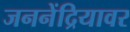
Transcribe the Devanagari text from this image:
जननेंद्रियावर